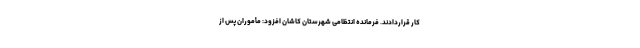
کار قراردادند. فرمانده انتظامی شهرستان کاشان افزود: مأموران پس از